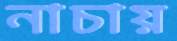
নাচায়